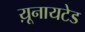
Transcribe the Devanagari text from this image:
य़ूनायटेड